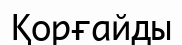
Қорғайды